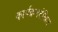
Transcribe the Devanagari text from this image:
कार्यक्रमदेखिल